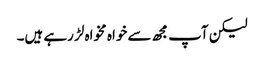
لیکن آپ مجھ سے خواہ مخواہ لڑ رہے ہیں۔